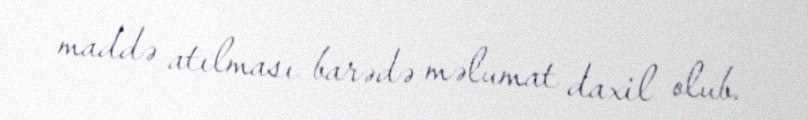
maddə atılması barədə məlumat daxil olub.